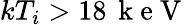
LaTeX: kT_{i}>18\, \mathrm{~k~e~V~}